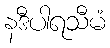
နဒီပါရသီမံ